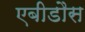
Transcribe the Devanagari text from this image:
एबीडौस